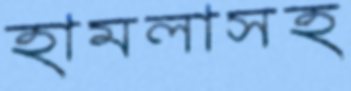
হামলাসহ